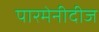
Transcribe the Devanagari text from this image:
पारमेनीदीज